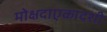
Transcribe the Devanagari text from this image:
मोक्षदाएकादशी